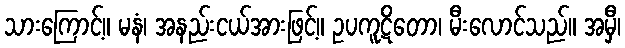
သားကြောင့်။ မနံ၊ အနည်းငယ်အားဖြင့်။ ဥပကူဋိတော၊ မီးလောင်သည်။ အမှီ၊